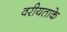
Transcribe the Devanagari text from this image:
वरीयताके